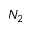
N _ { 2 }